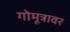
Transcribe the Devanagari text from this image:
गोमूत्रावर